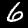
Digit: 6